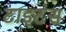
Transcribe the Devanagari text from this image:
टाइटंस